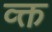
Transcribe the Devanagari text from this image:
व्क्त